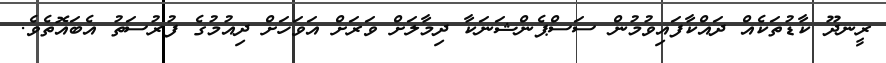
ރީނދޫ ކާޑުތަކެއް ދައްކާފައިވުމުން ސަސްޕެންޝަނަކާ ދިމާލަށް ވަރަށް އަވަހަށް ދިއުމުގެ ފުރުސަތު އެބައޮތެވެ.